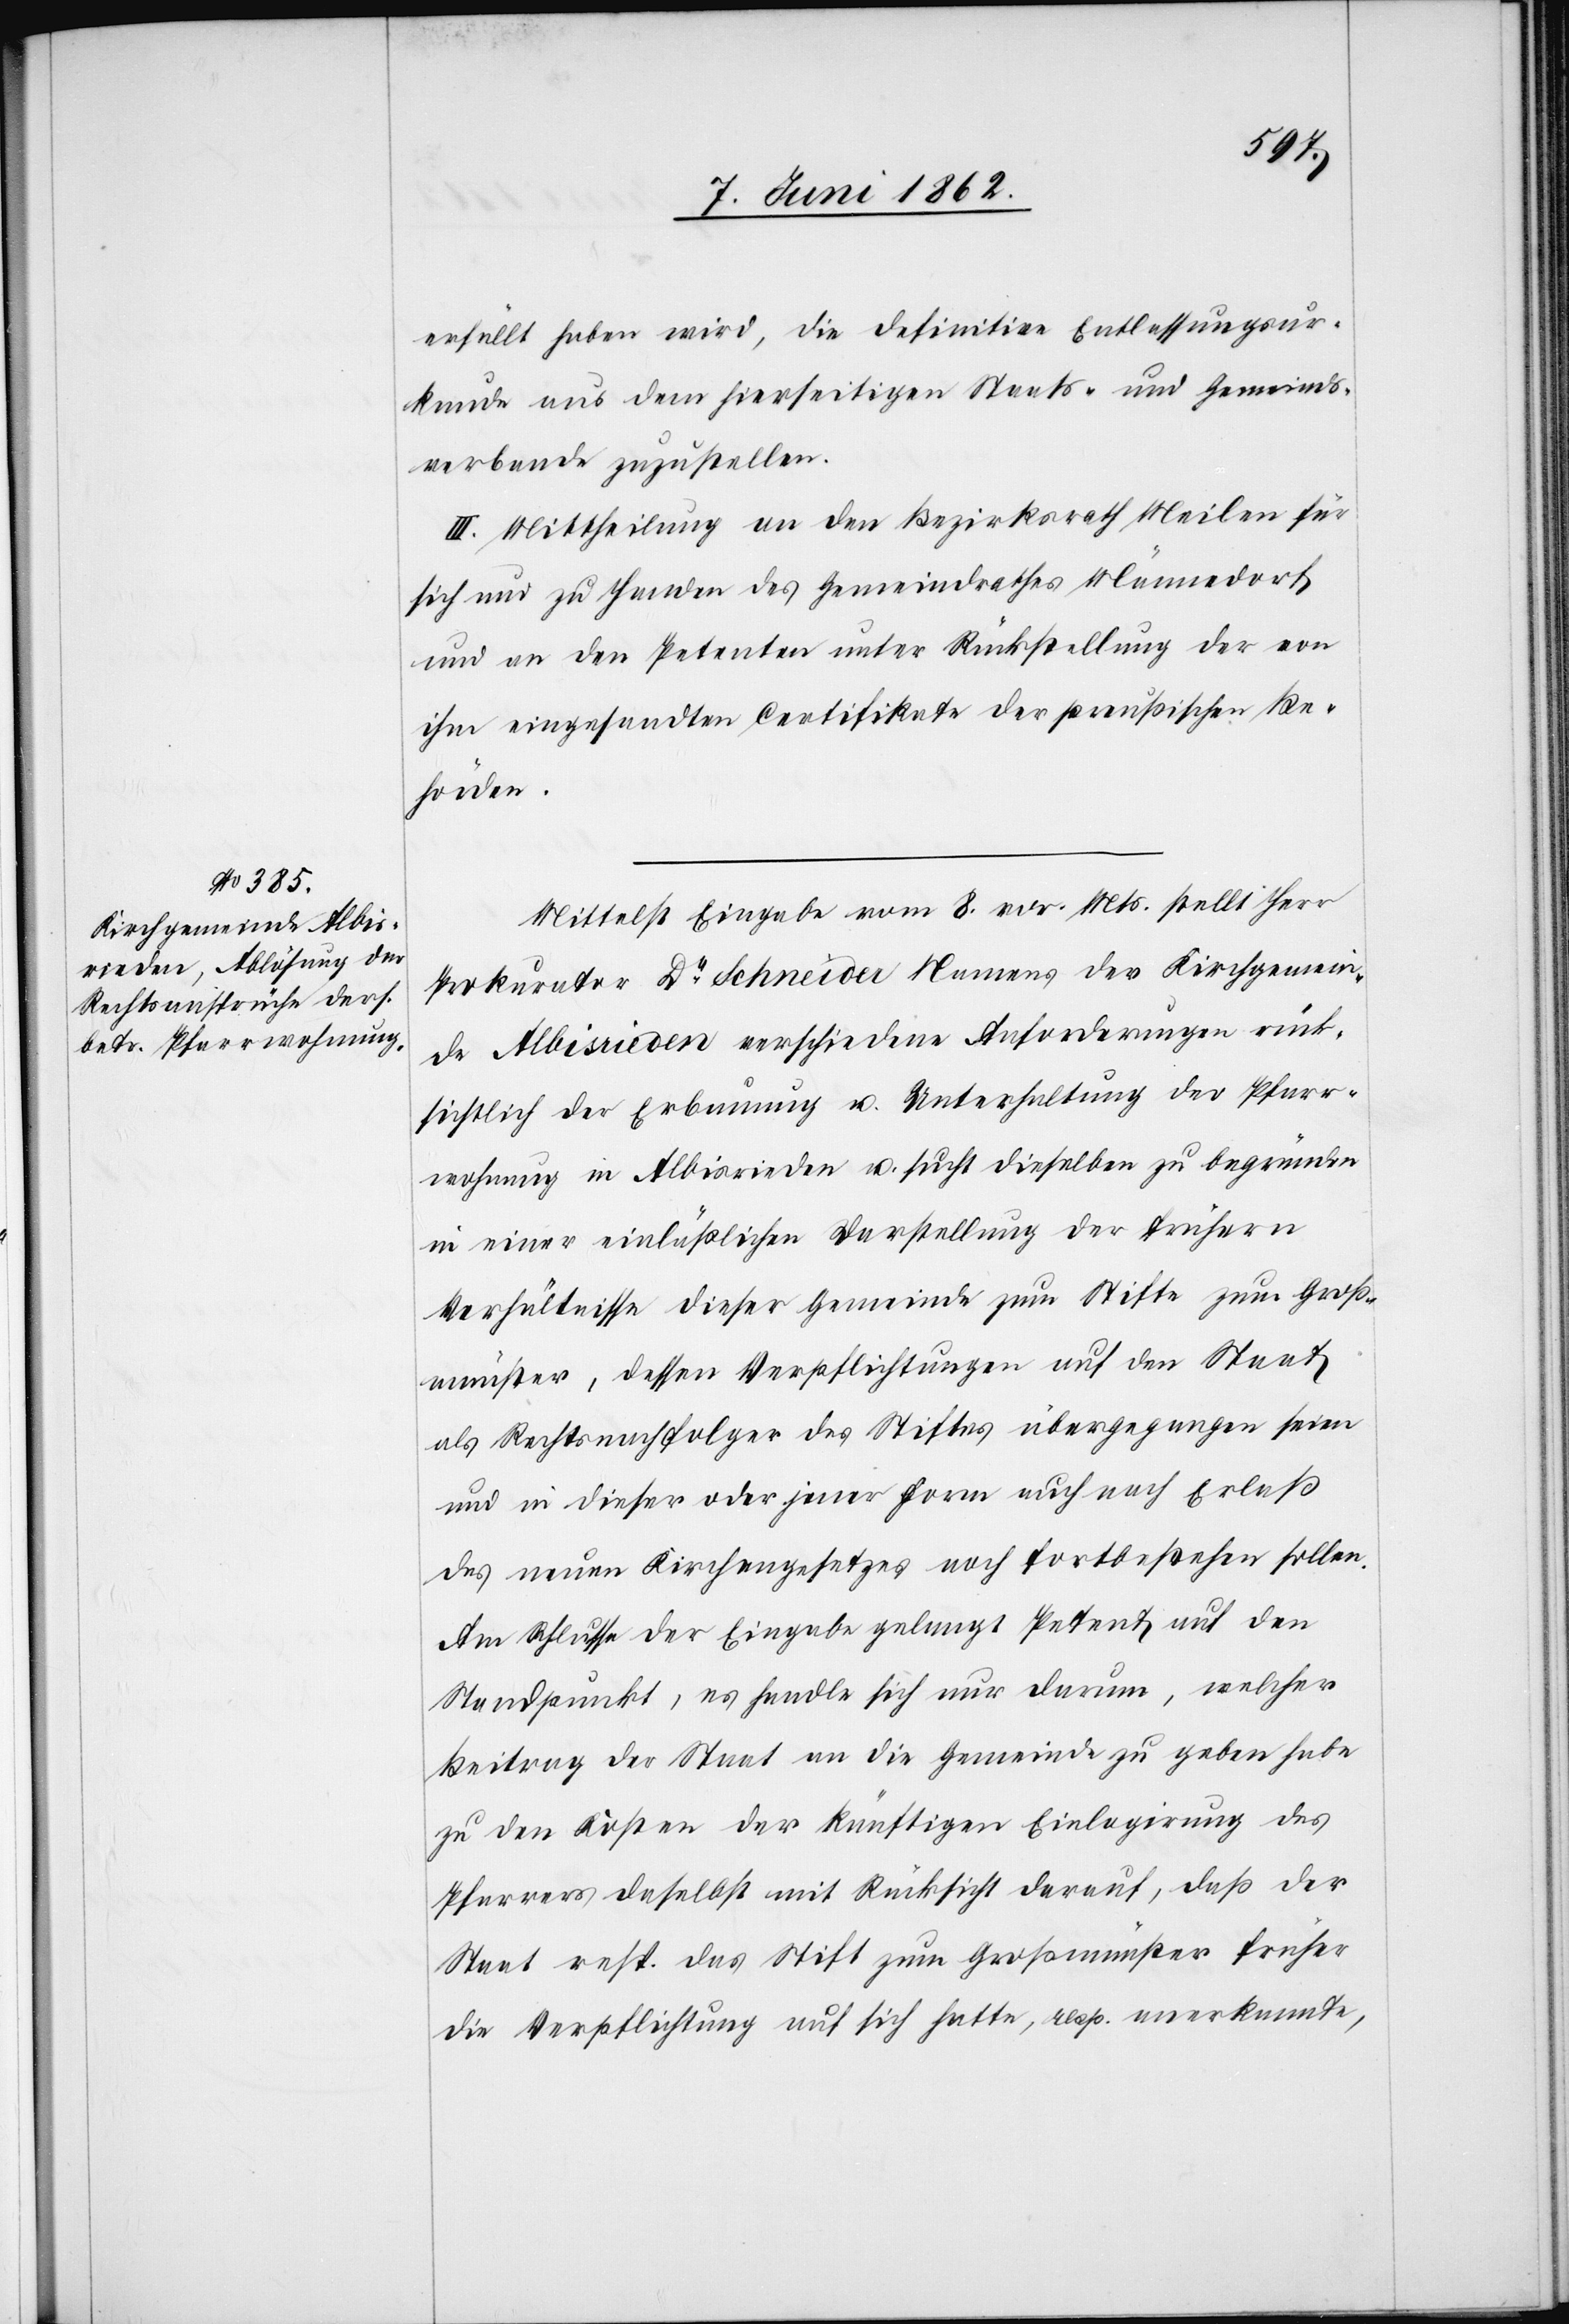
erfüllt haben wird, die definitive Entlassungsur¬
kunde aus dem hierseitigen Staats- und Gemeinds¬
verbande zuzustellen.
III. Mittheilung an den Bezirksrath Meilen für
sich und zu Handen des Gemeindrathes Männedorf
und an den Petenten unter Rückstellung der von
ihm eingesandten Certifikate der preußischen Be¬
hörden.
Mittelst Eingabe vom 8. vor. Mts. stellt Herr
Prokurator Dr. Schneider Namens der Kirchgemein¬
de Albisrieden verschiedene Anforderungen rück¬
sichtlich der Erbauung u. Unterhaltung der Pfarr¬
wohnung in Albisrieden u. sucht dieselben zu begründen
in einer einläßlichen Darstellung der frühern
Verhältnisse dieser Gemeinde zum Stifte zum Groß¬
münster, dessen Verpflichtungen auf den Staat
als Rechtsnachfolger des Stiftes übergegangen seien
und in dieser oder jener Form auch nach Erlaß
des neuen Kirchengesetzes noch fortbestehen solle.
Am Schlusse der Eingabe gelangt Petent auf den
Standpunkt, es handle sich nur darum, welcher
Beitrag der Staat an die Gemeinde zu geben habe
zu den Kosten der künftigen Einlagerung des
Pfarrers daselbst mit Rücksicht darauf, daß der
Staat resp. das Stift zum Großmünster früher
die Verpflichtung auf sich hatte, resp. anerkannte,